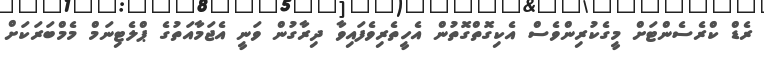
ރެޑް ކްރެސެންޓަށް މީގެކުރިންވެސް އެކިގޮތްގޮތުން އެހީތެރިވެފައިވާ ދިރާގުން ވަނީ އެޖަމާއަތުގެ ޕްލެޓިނަމް މެމްބަރަކަށް